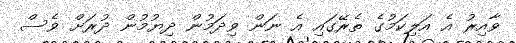
ވާއިރު އެ އަލިކަމުގެ ތެރޭގައި އެ ނަން ވިދަމުން ދިޔުމުން ދުރަށް ވެސް